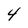
Character: 4